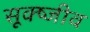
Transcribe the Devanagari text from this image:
सूक्ष्जीव